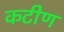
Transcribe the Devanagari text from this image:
कटीण